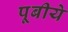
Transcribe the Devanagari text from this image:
पूबीये